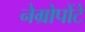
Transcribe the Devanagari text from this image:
नेग्रोपोंटे